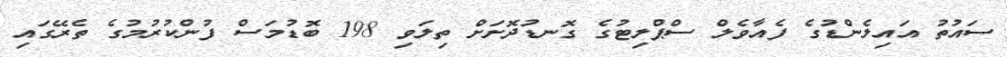
ސައުތު އައިލެންޑުގެ ފެއާވެލް ސްޕްލިޓުގެ ގޮނޑުދޮށަށް ތިލަވި 198 ބޮޑުމަސް ފުންކުރުމުގެ ތެރޭގައި